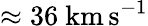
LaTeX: \approx 36~\mathrm{km\, s^{-1}}